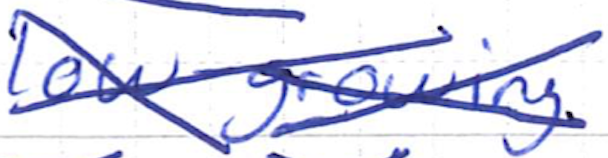
Text: low-growing
Cross-out: cross
Writing tool: ballpoint